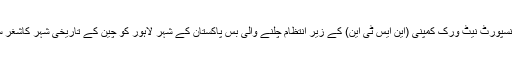
نارتھ ساؤتھ ٹرانسپورٹ نیٹ ورک کمپنی (این ایس ٹی این) کے زیر انتظام چلنے والی بس پاکستان کے شہر لاہور کو چین کے تاریخی شہر کاشغر سے ملائے گی۔